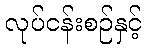
လုပ်ငန်းစဉ်နှင့်